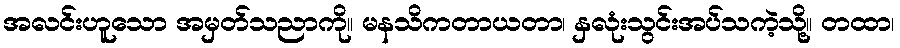
အလင်းဟူသော အမှတ်သညာကို။ မနသိကတာယတာ၊ နှလုံးသွင်းအပ်သကဲ့သို့။ တထာ၊